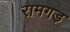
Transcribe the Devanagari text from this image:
रामगड़